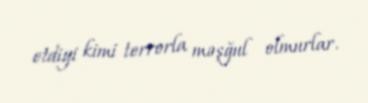
etdiyi kimi terrorla məşğul olmurlar.